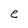
Character: e